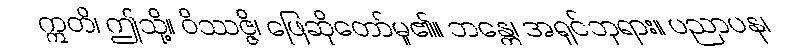
ဣတိ၊ ဤသို့။ ဝိဿဇ္ဇိ၊ ဖြေဆိုတော်မူ၏။ ဘန္တေ၊ အရှင်ဘုရား။ ပညာပန၊